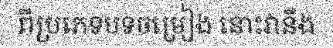
ពីប្រភេទបទចម្រៀង នោះវានឹង